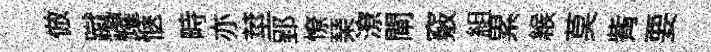
倣蹴耀愜畤亦莖郢憭琹潦閘竅組累緱莫觜要